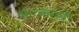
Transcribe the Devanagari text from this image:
भाटकरांनी